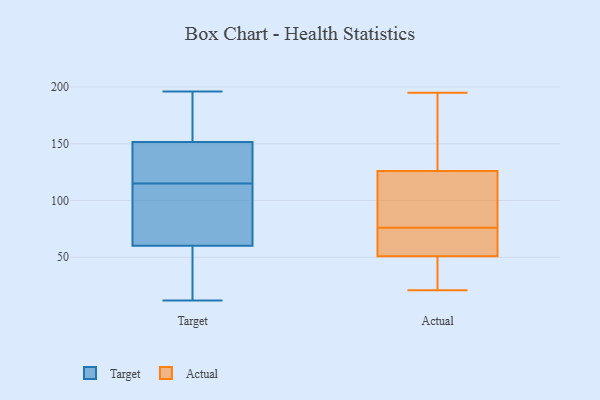
{"axis": {"x": "Waste Production (Tons)", "y": "Value"}, "legend": ["Actual", "Target"], "data": [{"x": "", "y": 71, "type": "Target"}, {"x": "", "y": 112, "type": "Target"}, {"x": "", "y": 106, "type": "Target"}, {"x": "", "y": 172, "type": "Target"}, {"x": "", "y": 189, "type": "Target"}, {"x": "", "y": 58, "type": "Target"}, {"x": "", "y": 118, "type": "Target"}, {"x": "", "y": 150, "type": "Target"}, {"x": "", "y": 152, "type": "Target"}, {"x": "", "y": 115, "type": "Target"}, {"x": "", "y": 12, "type": "Target"}, {"x": "", "y": 51, "type": "Target"}, {"x": "", "y": 137, "type": "Target"}, {"x": "", "y": 67, "type": "Target"}, {"x": "", "y": 48, "type": "Target"}, {"x": "", "y": 195, "type": "Target"}, {"x": "", "y": 35, "type": "Target"}, {"x": "", "y": 118, "type": "Target"}, {"x": "", "y": 196, "type": "Target"}, {"x": "", "y": 114, "type": "Actual"}, {"x": "", "y": 39, "type": "Actual"}, {"x": "", "y": 57, "type": "Actual"}, {"x": "", "y": 21, "type": "Actual"}, {"x": "", "y": 116, "type": "Actual"}, {"x": "", "y": 72, "type": "Actual"}, {"x": "", "y": 123, "type": "Actual"}, {"x": "", "y": 195, "type": "Actual"}, {"x": "", "y": 171, "type": "Actual"}, {"x": "", "y": 50, "type": "Actual"}, {"x": "", "y": 80, "type": "Actual"}, {"x": "", "y": 178, "type": "Actual"}, {"x": "", "y": 28, "type": "Actual"}, {"x": "", "y": 129, "type": "Actual"}, {"x": "", "y": 52, "type": "Actual"}, {"x": "", "y": 70, "type": "Actual"}]}